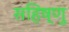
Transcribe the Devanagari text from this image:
सहिष्‍णु